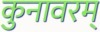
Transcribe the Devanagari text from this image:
कुनावरम्